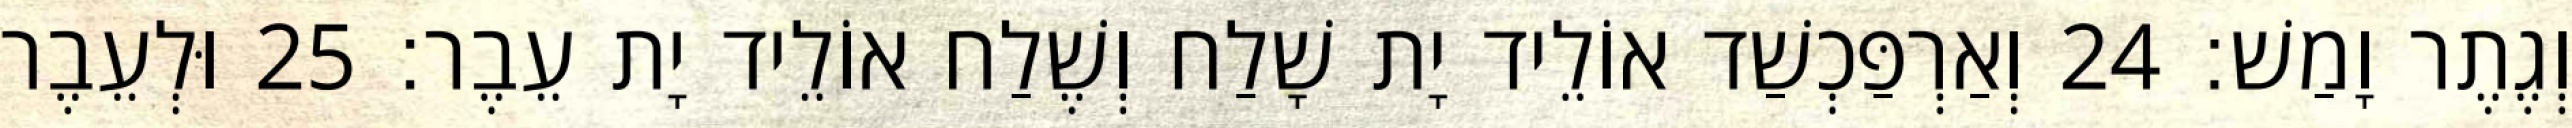
וְגֶתֶר וָמַשׁ׃ 24 וְאַרְפַּכְשַׁד אוֹלֵיד יָת שָׁלַח וְשֶׁלַח אוֹלֵיד יָת עֵבֶר׃ 25 וּלְעֵבֶר